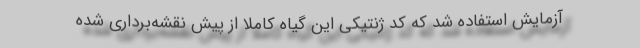
آزمایش استفاده شد که کد ژنتیکی این گیاه کاملا از پیش نقشه‌برداری شده